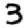
Digit: 3